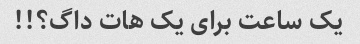
یک ساعت برای یک هات داگ؟!!